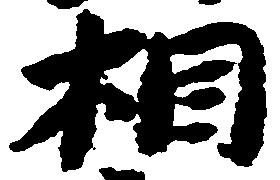
相